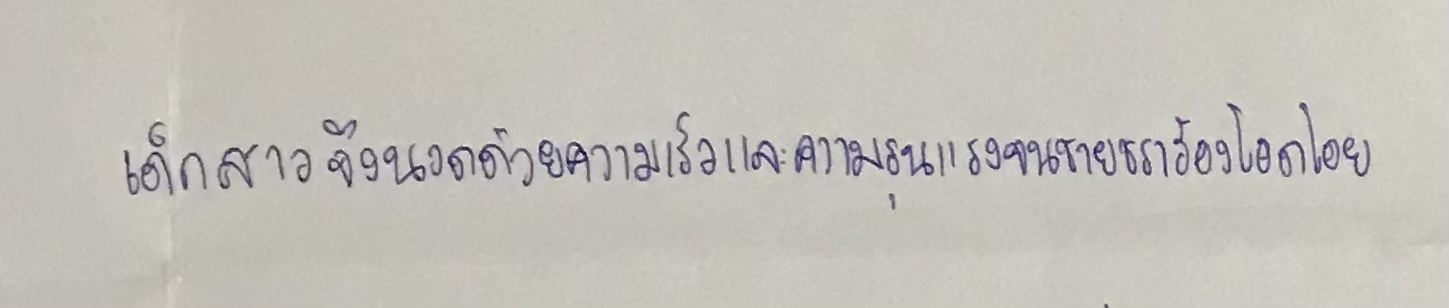
เด็กสาวจึงนวดด้วยความเร็วและความรุนแรงจนชายชราร้องโอดโอย